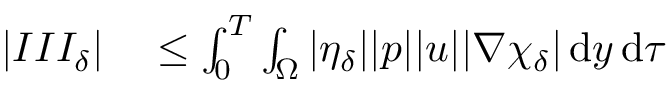
\begin{array} { r l } { | I I I _ { \delta } | } & { { } \leq \int _ { 0 } ^ { T } \int _ { \Omega } | \eta _ { \delta } | | p | | u | | \nabla \chi _ { \delta } | \, \mathrm { d } y \, \mathrm { d } \tau } \end{array}